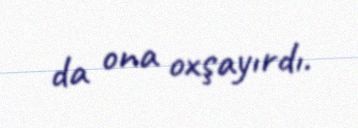
da ona oxşayırdı.